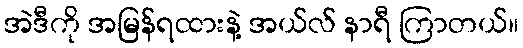
အဲဒီကို အမြန်ရထားနဲ့ အယ်လ် နာရီ ကြာတယ်။